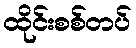
ထိုင်းစစ်တပ်